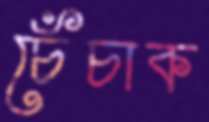
চেঁচাক